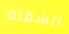
الشفاه